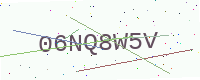
Text: 06NQ8W5V